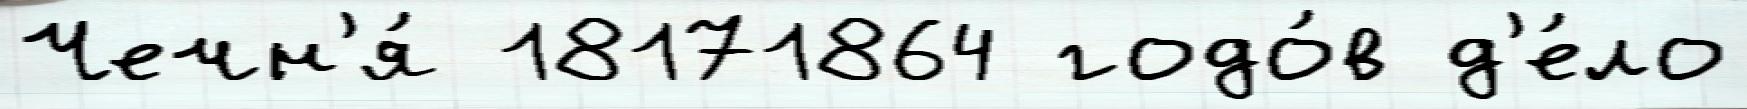
Чечн'я́ 18171864 годо́в д'е́ло